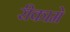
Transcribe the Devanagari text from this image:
रीकामे